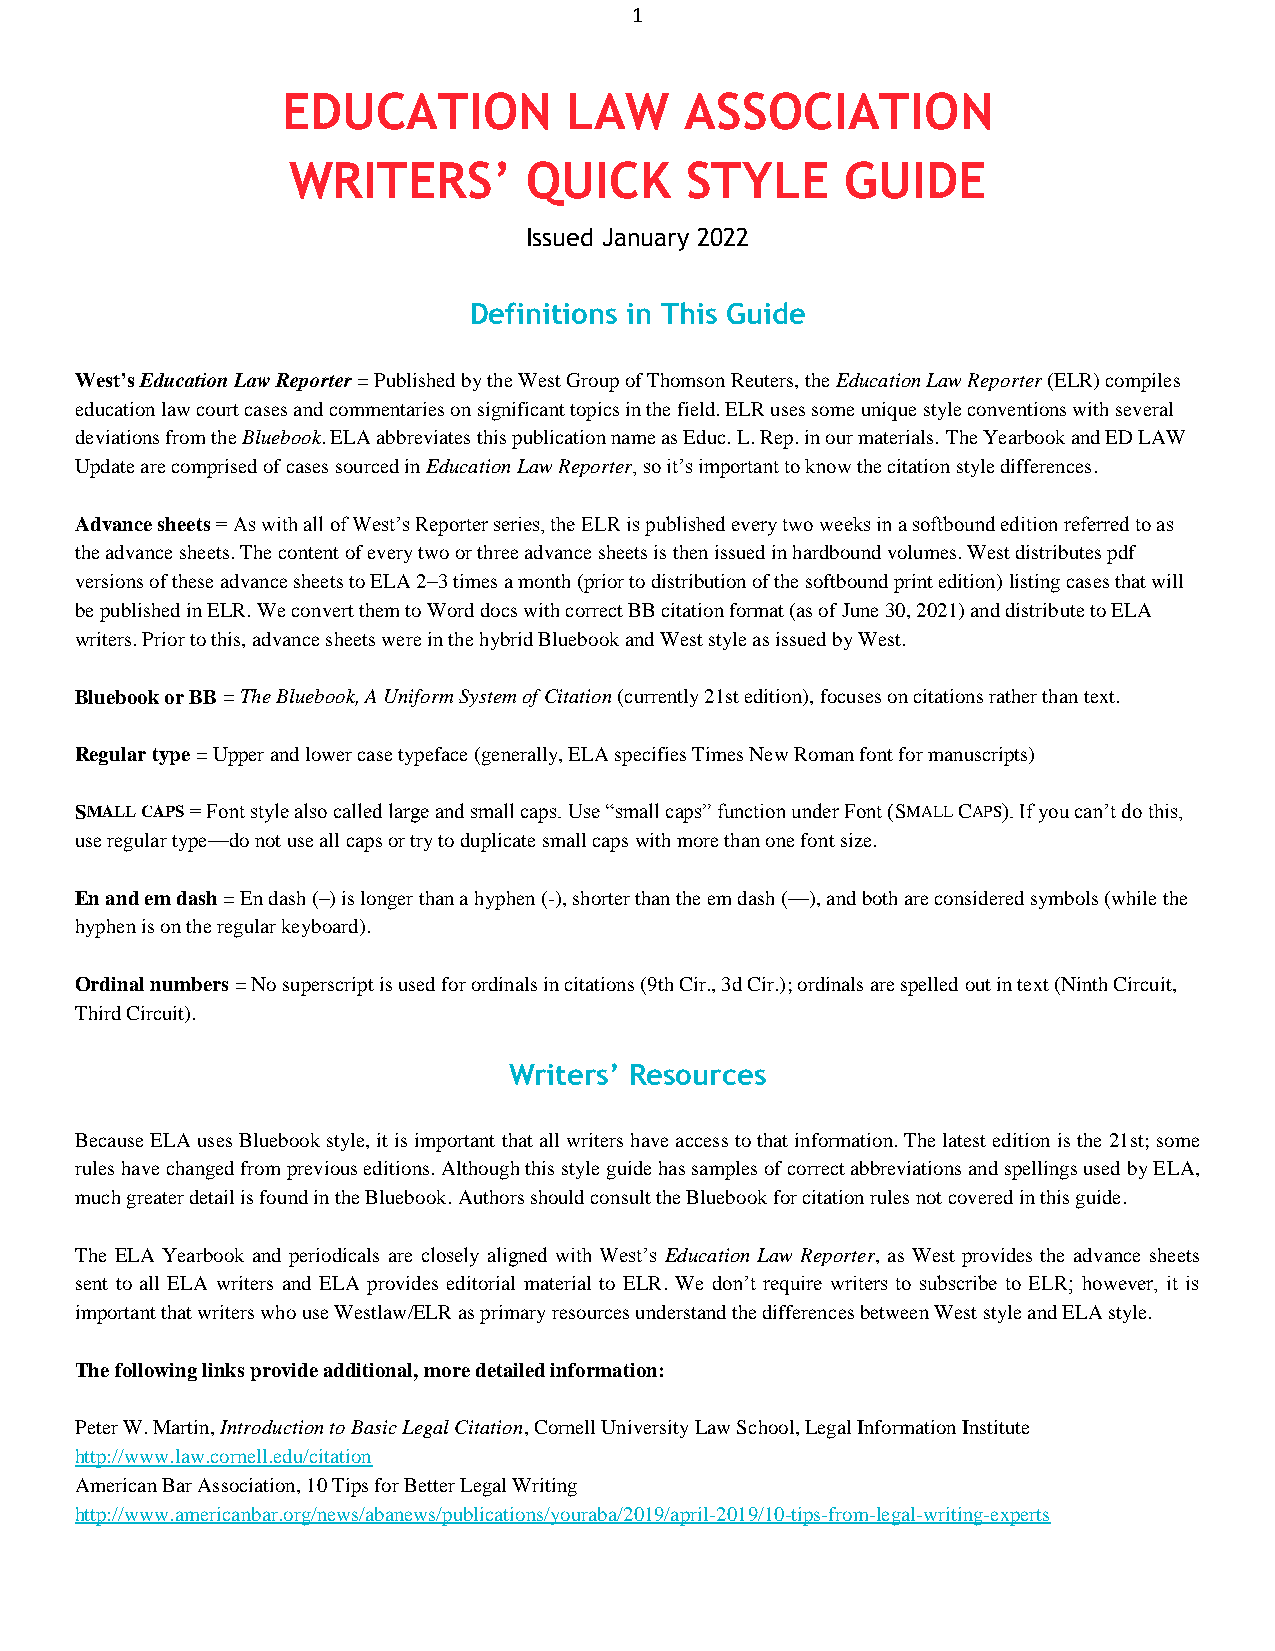
1
 EDUCATION          LAW    ASSOCIATION
 WRITERS’        QUICK     STYLE      GUIDE
 Issued January 2022
 Definitions in This Guide
 West’s Education Law Reporter = Published by the West Group of Thomson Reuters, the Education Law Reporter (ELR) compiles
 education law court cases and commentaries on significant topics in the field. ELR uses some unique style conventions with several
 deviations from the Bluebook. ELA abbreviates this publication name as Educ. L. Rep. in our materials. The Yearbook and ED LAW
 Update are comprised of cases sourced in Education Law Reporter, so it’s important to know the citation style differences.
 Advance sheets = As with all of West’s Reporter series, the ELR is published every two weeks in a softbound edition referred to as
 the advance sheets. The content of every two or three advance sheets is then issued in hardbound volumes. West distributes pdf
 versions of these advance sheets to ELA 2–3 times a month (prior to distribution of the softbound print edition) listing cases that will
 be published in ELR. We convert them to Word docs with correct BB citation format (as of June 30, 2021) and distribute to ELA
 writers. Prior to this, advance sheets were in the hybrid Bluebook and West style as issued by West.
 Bluebook or BB = The Bluebook, A Uniform System of Citation (currently 21st edition), focuses on citations rather than text.
 Regular type = Upper and lower case typeface (generally, ELA specifies Times New Roman font for manuscripts)
 SMALL CAPS = Font style also called large and small caps. Use ―small caps‖ function under Font (SMALL CAPS). If you can’t do this,
 use regular type—do not use all caps or try to duplicate small caps with more than one font size.
 En and em dash = En dash (–) is longer than a hyphen (-), shorter than the em dash (—), and both are considered symbols (while the
 hyphen is on the regular keyboard).
 Ordinal numbers = No superscript is used for ordinals in citations (9th Cir., 3d Cir.); ordinals are spelled out in text (Ninth Circuit,
 Third Circuit).
 Writers’ Resources
 Because ELA uses Bluebook style, it is important that all writers have access to that information. The latest edition is the 21st; some
 rules have changed from previous editions. Although this style guide has samples of correct abbreviations and spellings used by ELA,
 much greater detail is found in the Bluebook. Authors should consult the Bluebook for citation rules not covered in this guide.
 The ELA Yearbook and periodicals are closely aligned with West’s Education Law Reporter, as West provides the advance sheets
 sent to all ELA writers and ELA provides editorial material to ELR. We don’t require writers to subscribe to ELR; however, it is
 important that writers who use Westlaw/ELR as primary resources understand the differences between West style and ELA style.
 The following links provide additional, more detailed information:
 Peter W. Martin, Introduction to Basic Legal Citation, Cornell University Law School, Legal Information Institute
 http://www.law.cornell.edu/citation
 American Bar Association, 10 Tips for Better Legal Writing
 http://www.americanbar.org/news/abanews/publications/youraba/2019/april-2019/10-tips-from-legal-writing-experts